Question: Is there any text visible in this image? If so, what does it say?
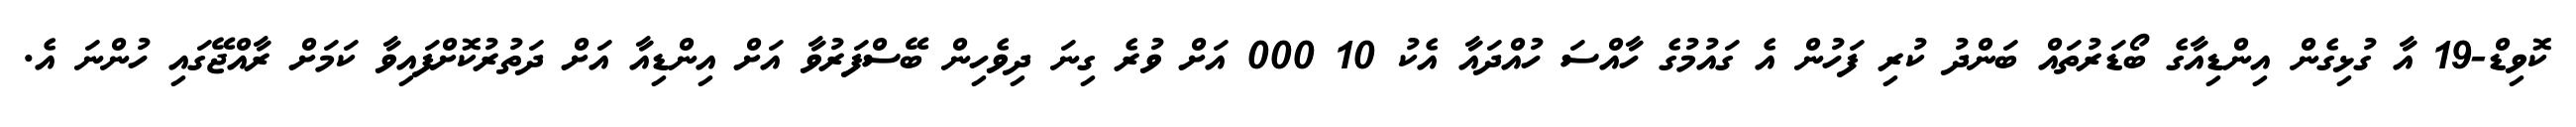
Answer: ކޮވިޑް-19 އާ ގުޅިގެން އިންޑިއާގެ ބޯޑަރުތައް ބަންދު ކުރި ފަހުން އެ ގައުމުގެ ހާއްސަ ހުއްދައާ އެކު 10 000 އަށް ވުރެ ގިނަ ދިވެހިން ބޭސްފަރުވާ އަށް އިންޑިއާ އަށް ދަތުރުކޮށްފައިވާ ކަމަށް ރާއްޖޭގައި ހުންނަ އެ.